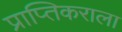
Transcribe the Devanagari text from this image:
प्राप्‍तिकराला